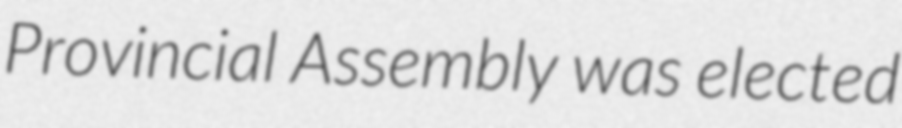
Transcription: Provincial Assembly was elected